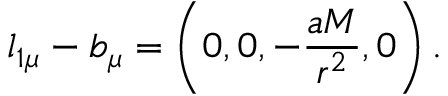
l _ { 1 \mu } - b _ { \mu } = \left( 0 , 0 , - \frac { a M } { r ^ { 2 } } , 0 \right) .